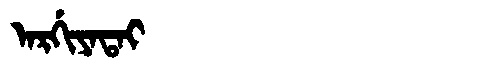
Manchu: ᠠᡵᡤᡳᠶᠠᡨᠠᡳ
Romanization: ARGIYATAI